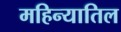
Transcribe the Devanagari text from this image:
महिन्यातिल